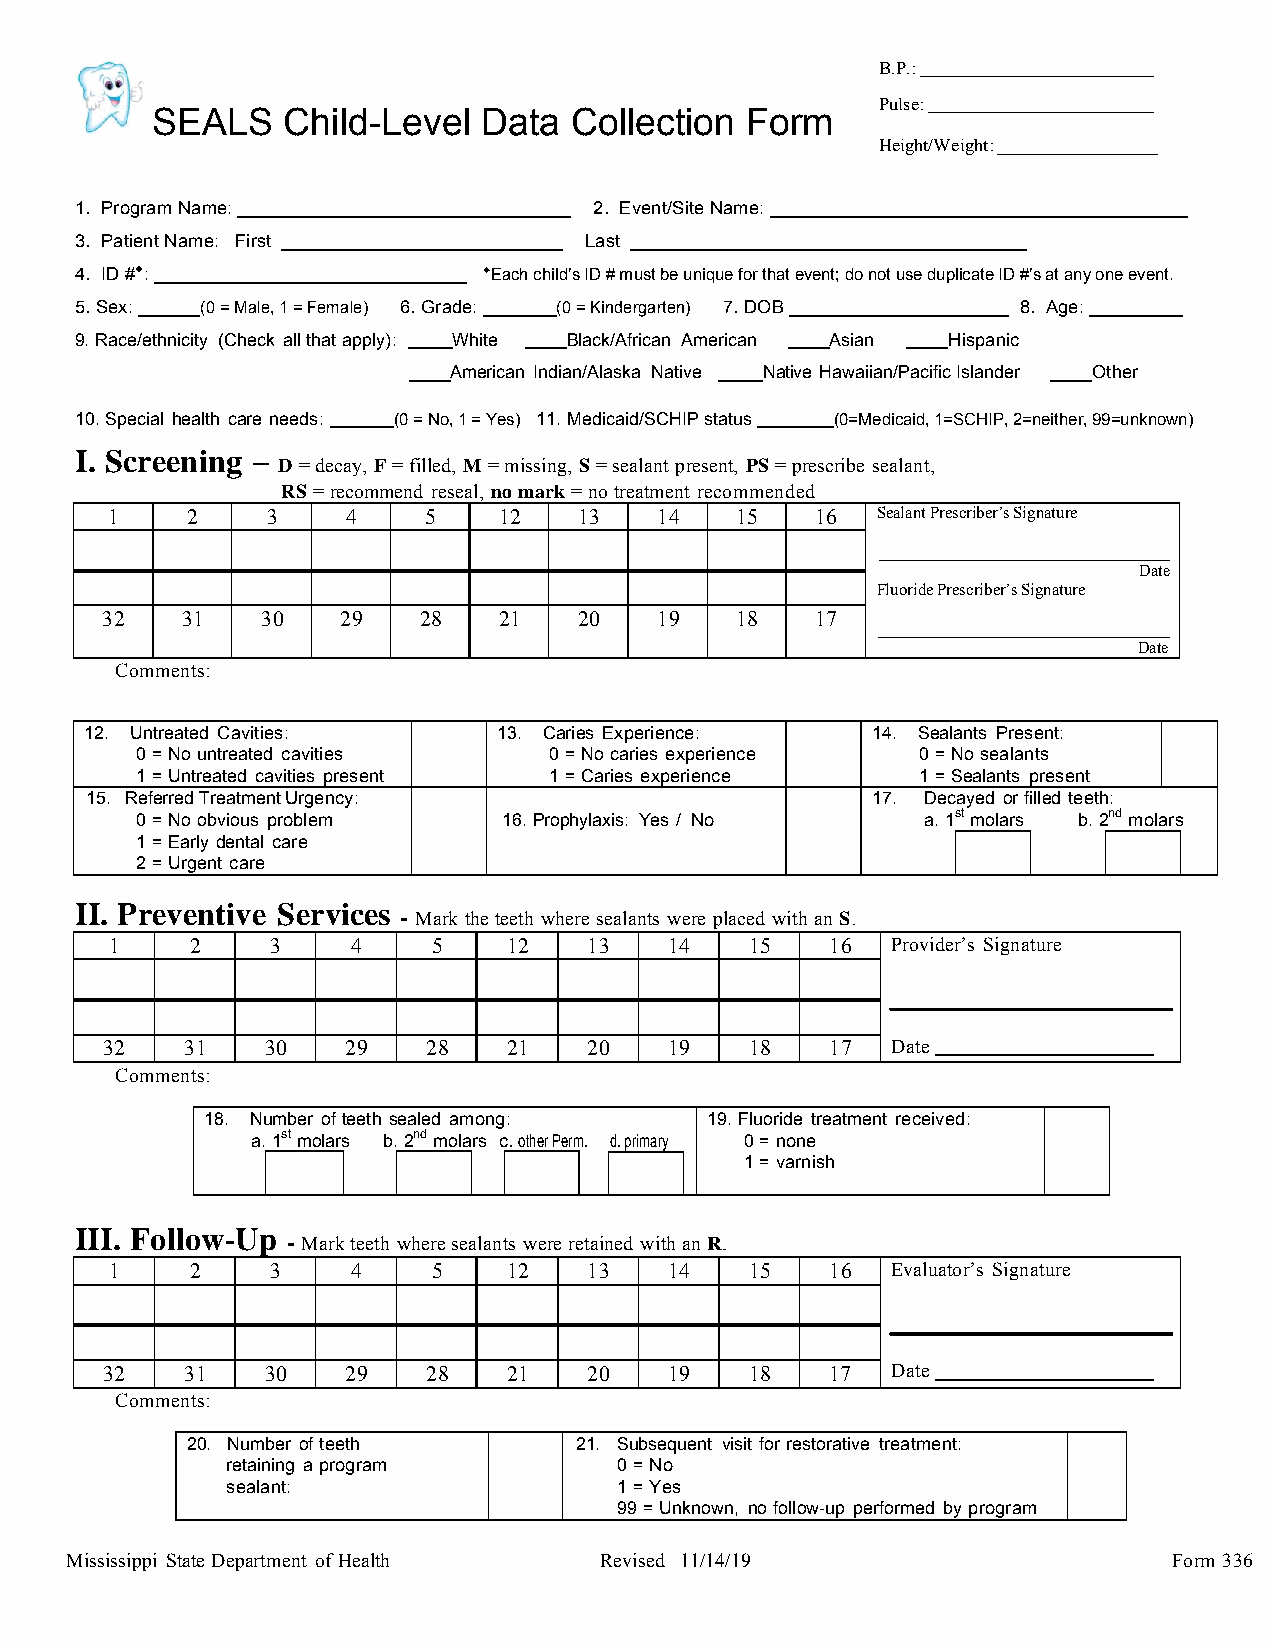
B.P.:
 Pulse:
 SEALS    Child-Level  Data  Collection Form
 Height/Weight: __________________
 1. Program Name:                  2. Event/Site Name:
 3. Patient Name: First            Last
 4. ID #♦:                  ♦Each child’s ID # must be unique for that event; do not use duplicate ID #’s at any one event.
 5. Sex: (0 = Male, 1 = Female) 6. Grade: (0 = Kindergarten) 7. DOB 8. Age:
 9. Race/ethnicity (Check all that apply): White Black/African American Asian Hispanic
 American Indian/Alaska Native Native Hawaiian/Pacific Islander Other
 10. Special health care needs: (0 = No, 1 = Yes) 11. Medicaid/SCHIP status (0=Medicaid, 1=SCHIP, 2=neither, 99=unknown)
 I. Screening –
 D = decay, F = filled, M = missing, S = sealant present, PS = prescribe sealant,
 RS = recommend reseal, no mark = no treatment recommended
 1    2     3    4    5    12   13    14   15   16  Sealant Prescriber’s Signature
 Date
 Fluoride Prescriber’s Signature
 32   31   30    29   28   21   20    19   18   17
 Date
 Comments:
 12. Untreated Cavities:    13. Caries Experience:   14. Sealants Present:
 0 = No untreated cavities  0 = No caries experience 0 = No sealants
 1 = Untreated cavities present 1 = Caries experience 1 = Sealants present
 15. Referred TreatmentUrgency:                      17. Decayed or filled teeth:
 0 = No obvious problem  16. Prophylaxis: Yes / No   a. 1st molars b. 2nd molars
 1 = Early dental care
 2 = Urgent care
 II. Preventive Services - Mark the teeth where sealants were placed with an S.
 1     2    3    4     5    12   13   14    15   16  Provider’s Signature
 32   31    30   29   28    21   20   19    18   17  Date
 Comments:
 18. Number of teeth sealed among: 19. Fluoride treatment received:
 a. 1st molars b. 2nd molars c. other Perm. d. primary 0 = none
 1 = varnish
 III. Follow-Up - Mark teeth where sealants were retained with an R.
 1     2    3    4     5    12   13   14    15   16  Evaluator’s Signature
 32   31    30   29   28    21   20   19    18   17  Date
 Comments:
 20. Number of teeth       21. Subsequent visit for restorative treatment:
 retaining a program       0 = No
 sealant:                  1 = Yes
 99 = Unknown, no follow-up performed by program
 Mississippi State Department of Health Revised 11/14/19                   Form 336